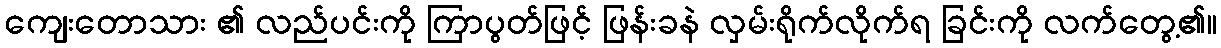
ကျေးတောသား ၏ လည်ပင်းကို ကြာပွတ်ဖြင့် ဖြန်းခနဲ လှမ်းရိုက်လိုက်ရ ခြင်းကို လက်တွေ့၏။